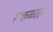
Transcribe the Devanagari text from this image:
सूक्तकाल